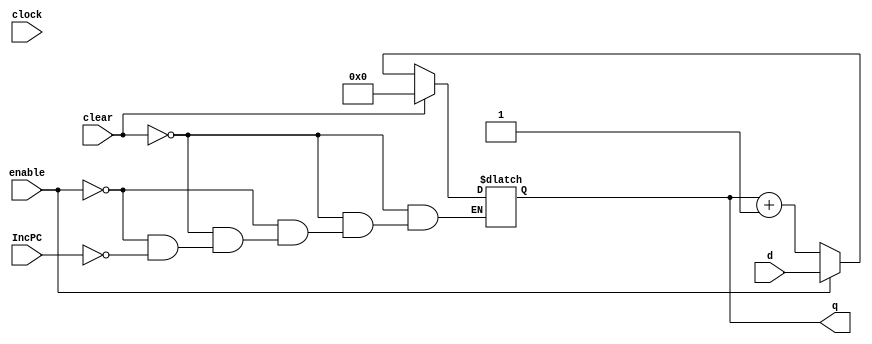
module pc #(parameter qInitial = 32'b0)(
	input wire clock, 
	input wire clear,
	input wire IncPC,
	input wire enable,
	input wire [31:0] d,
	output reg [31:0] q
);
		
	
	initial q = qInitial;
	always@(clock) 
	begin
		if (clear) begin
			q[31:0] = 32'b0;
		end
		else if (enable) begin
			q[31:0] = d[31:0];
		end
		else if (IncPC) begin
			q[31:0] = q[31:0] + 1'b1;
		end 

	end
endmodule